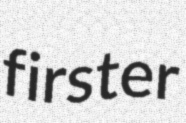
firster